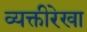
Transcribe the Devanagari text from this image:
व्यक्तीरेखा